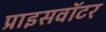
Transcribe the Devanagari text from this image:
प्राइसवॉटर